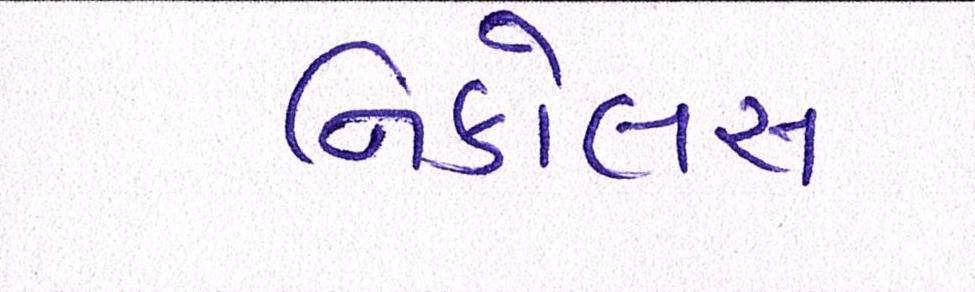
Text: નિકોલસ